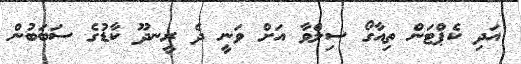
އަދި ކެޕްޓަން ތިއާގޯ ސިލްވާ އަށް ވަނީ ދެ ރީނދޫ ކާޑުގެ ސަބަބުން